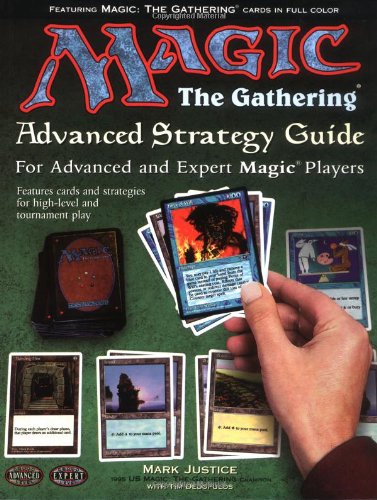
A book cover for Magic: The Gathering -- Advanced Strategy Guide: The Color-Illustrated Guide to Expert Magic; Mark Justice; Science Fiction & Fantasy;